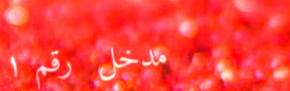
مدخل رقم ١